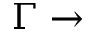
\Gamma \rightarrow